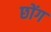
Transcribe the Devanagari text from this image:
छोंग